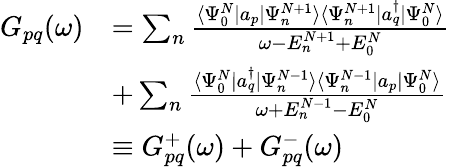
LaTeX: \begin{array}{rl}{G_{pq}(\omega)}&{=\sum_{n}\frac{\langle\Psi_{0}^{N}|a_{p}|\Psi_{n}^{N+1}\rangle\langle\Psi_{n}^{N+1}|a_{q}^{\dagger}|\Psi_{0}^{N}\rangle}{\omega-E_{n}^{N+1}+E_{0}^{N}}}\\ &{+\sum_{n}\frac{\langle\Psi_{0}^{N}|a_{q}^{\dagger}|\Psi_{n}^{N-1}\rangle\langle\Psi_{n}^{N-1}|a_{p}|\Psi_{0}^{N}\rangle}{\omega+E_{n}^{N-1}-E_{0}^{N}}}\\ &{\equiv G_{pq}^{+}(\omega)+G_{pq}^{-}(\omega)}\end{array}